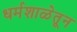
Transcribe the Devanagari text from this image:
धर्मशाळेतून